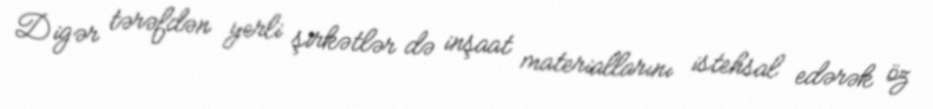
Digər tərəfdən yerli şirkətlər də inşaat materiallarını istehsal edərək öz